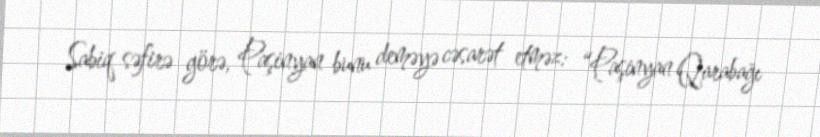
Sabiq səfirə görə, Paşinyan bunu deməyə cəsarət etməz: “Paşinyan Qarabağı